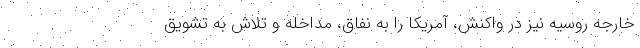
خارجه روسیه نیز در واکنش، آمریکا را به نفاق، مداخله و تلاش به تشویق